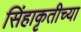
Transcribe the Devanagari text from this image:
सिंहाकृतीच्या